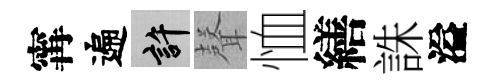
𡩋遍許𮋻恤繕誅溢